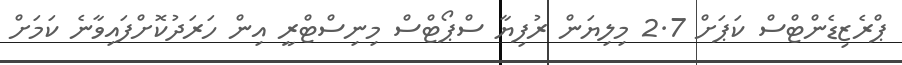
ޕްރެޒިޑެންޓްސް ކަޕަށް 2.7 މިލިޔަން ރުފިޔާ ސްޕޯޓްސް މިނިސްޓްރީ އިން ހަރަދުކޮށްފައިވާނެ ކަމަށް